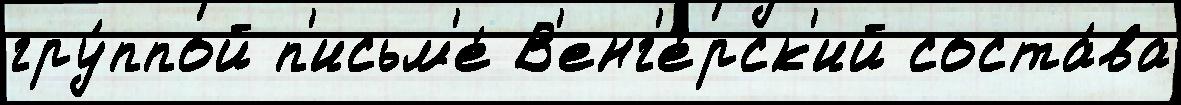
гру́ппой п'исьм'е́ В'енг'е́рск'ий соста́ва